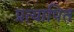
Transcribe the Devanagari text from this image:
प्रत्यापित